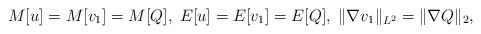
LaTeX: \begin{align*}M[u]=M[v_1]=M[Q], \; E[u]= E[v_1]= E[Q], \; \| \nabla v_1 \|_{L^2} = \|\nabla Q \|_2,\end{align*}